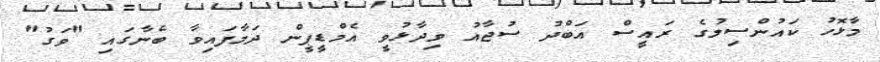
މާޅޮހު ކައުންސިލުގެ ރައީސް އަބްދު ސުޖާއު ވިދާޅުވީ އެމްޑީޕީން ދަމާފައިވާ ބެނާގައި "ވަގު"